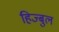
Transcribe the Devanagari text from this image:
हिज्बुल